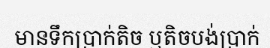
មានទឹកប្រាក់តិច ឬតិចបង់ប្រាក់